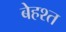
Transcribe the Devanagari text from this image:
बेहश्त